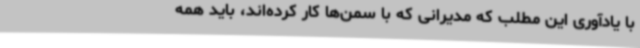
با یادآوری این مطلب که مدیرانی که با سمن‌ها کار کرده‌اند، باید همه